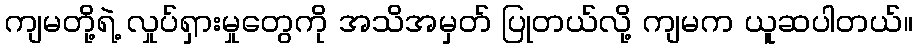
ကျမတို့ရဲ့ လှုပ်ရှားမှုတွေကို အသိအမှတ် ပြုတယ်လို့ ကျမက ယူဆပါတယ်။